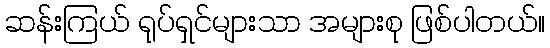
ဆန်းကြယ် ရုပ်ရှင်များသာ အများစု ဖြစ်ပါတယ်။